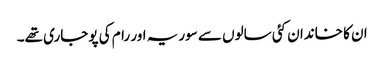
ان کا خاندان کئی سالوں سے سوریہ اور رام کی پوجاری تھے۔